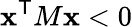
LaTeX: \mathbf{x}^{\textsf{{T}}}M\mathbf{x}<0